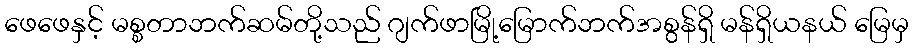
ဖေဖေနှင့် မစ္စတာဘက်ဆမ်တို့သည် ဂျက်ဖာမြို့မြောက်ဘက်အစွန်ရှိ မန်ရှိယနယ် မြေမှ